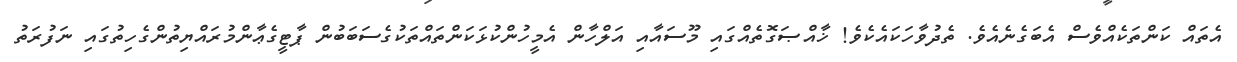
އެތައް ކަންތަކެއްވެސް އެބަގެނެއެވެ. ތެދުވާހަކައެކެވެ! ޚާއްޞަގޮތެއްގައި މޫސައާއި އަލްހާން އެމީހުންކުޅަކަންތައްތަކުގެސަބަބުން ޕާޓީގެޢާންމުރައްޔިތުންގެހިތުގައި ނަފުރަތު